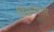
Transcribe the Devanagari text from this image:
लिखनेवाली